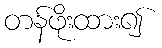
တန်ဖိုးထား၍